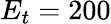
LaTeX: E_{t}=200